Vaccination in Bombay 1869-1873 - 1869-1873
Year: 1869
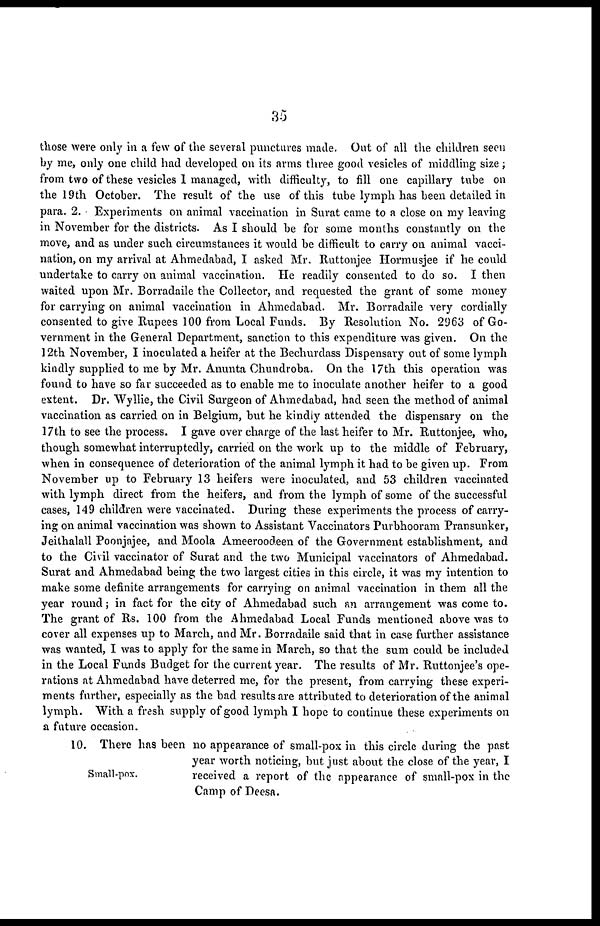
35
those were only in a few of the several punctures made. Out of all the children seen
by me, only one child had developed on its arms three good vesicles of middling size ;
from two of these vesicles 1 managed, with difficulty, to fill one capillary tube on
the 19th October. The result of the use of this tube lymph has been detailed in
para. 2. Experiments on animal vaccination in Surat came to a close on my leaving
in November for the districts. As I should be for some months constantly on the
move, and as under such circumstances it would be difficult to carry on animal vacci-
nation, on my arrival at Ahmedabad, I asked Mr. Ruttonjee Hormusjee if he could
undertake to carry on animal vaccination. He readily consented to do so. I then
waited upon Mr. Borradaile the Collector, and requested the grant of some money
for carrying on animal vaccination in Ahmedabad. Mr. Borradaile very cordially
consented to give Rupees 100 from Local Funds. By Resolution No. 2963 of Go-
vernment in the General Department, sanction to this expenditure was given. On the
] 2th November, I inoculated a heifer at the Bechurdass Dispensary out of some lymph
kindly supplied to me by Mr. Anunta Chundroba. On the 17th this operation was
found to have so far succeeded as to enable me to inoculate another heifer to a good
extent. Dr. Wyllie, the Civil Surgeon of Ahmedabad, had seen the method of animal
vaccination as carried on in Belgium, but he kindly attended the dispensary on the
17th to see the process. I gave over charge of the last heifer to Mr. Ruttonjee, who,
though somewhat interruptedly, carried on the work up to the middle of February,
when in consequence of deterioration of the animal lymph it had to be given up. From
November up to February 13 heifers were inoculated, and 53 children vaccinated
with lymph direct from the heifers, and from the lymph of some of the successful
cases, 149 children were vaccinated. During these experiments the process of carry-
ing on animal vaccination was shown to Assistant Vaccinators Purbhooram Pransunker,
Jeithalall Poonjajee, and Moola Ameeroodeen of the Government establishment, and
to the Civil vaccinator of Surat and the two Municipal vaccinators of Ahmedabad.
Surat and Ahmedabad being the two largest cities in this circle, it was my intention to
make some definite arrangements for carrying on animal vaccination in them all the
year round; in fact for the city of Ahmedabad such an arrangement was come to.
The grant of Rs. 100 from the Ahmedabad Local Funds mentioned above was to
cover all expenses up to March, and Mr. Borradaile said that in case further assistance
was wanted, I was to apply for the same in March, so that the sum could be included
in the Local Funds Budget for the current year. The results of Mr. Ruttonjee's ope-
rations at Ahmedabad have deterred me, for the present, from carrying these experi-
ments further, especially as the bad results are attributed to deterioration of the animal
lymph. With a fresh supply of good lymph I hope to continue these experiments on
a future occasion.
Small-pox.
10. There has been no appearance of small-pox in this circle during the past
year worth noticing, but just about the close of the year, I
received a report of the appearance of small-pox in the
Camp of Deesa.